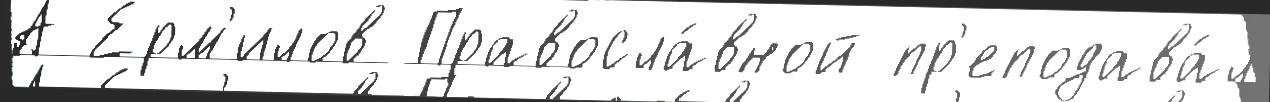
А Ерм'илов Правосла́вной пр'еподава́л